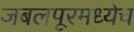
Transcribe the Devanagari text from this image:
जबलपूरमध्येच